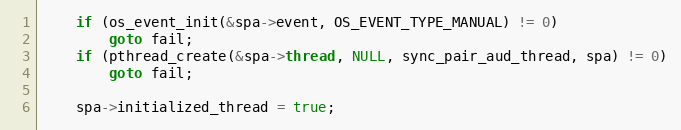
Language: C
	if (os_event_init(&spa->event, OS_EVENT_TYPE_MANUAL) != 0)
		goto fail;
	if (pthread_create(&spa->thread, NULL, sync_pair_aud_thread, spa) != 0)
		goto fail;

	spa->initialized_thread = true;